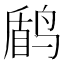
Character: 𱊑